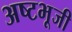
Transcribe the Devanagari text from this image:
अष्टभूजी